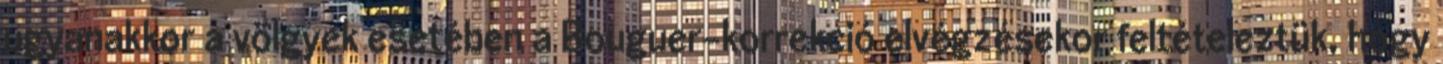
ugyanakkor a völgyek esetében a Bouguer-korrekció elvégzésekor feltételeztük, hogy